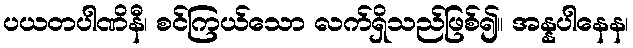
ပယတပါဏိနီ၊ စင်ကြယ်သော လက်ရှိသည်ဖြစ်၍။ အန္နပါနေန၊